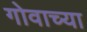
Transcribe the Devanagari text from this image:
गोवाच्या